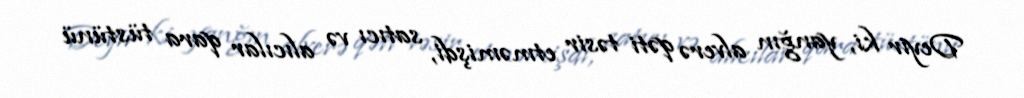
Deyir ki, yanğın alverə qəti təsir etməmişdi, satıcı və alıcılar qara tüstünü